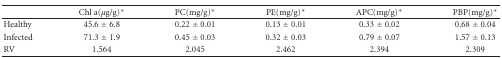
<table><thead><tr><td></td><td><b>Chl a(<i>μ</i>g/g)*</b></td><td><b>PC(mg/g)*</b></td><td><b>PE(mg/g)*</b></td><td><b>APC(mg/g)*</b></td><td><b>PBP(mg/g)*</b></td></tr></thead><tbody><tr><td>Healthy</td><td>45.6 ± 6.8</td><td>0.22 ± 0.01</td><td>0.13 ± 0.01</td><td>0.33 ± 0.02</td><td>0.68 ± 0.04</td></tr><tr><td>Infected</td><td>71.3 ± 1.9</td><td>0.45 ± 0.03</td><td>0.32 ± 0.03</td><td>0.79 ± 0.07</td><td>1.57 ± 0.13</td></tr><tr><td>RV</td><td>1.564</td><td>2.045</td><td>2.462</td><td>2.394</td><td>2.309</td></tr></tbody></table>